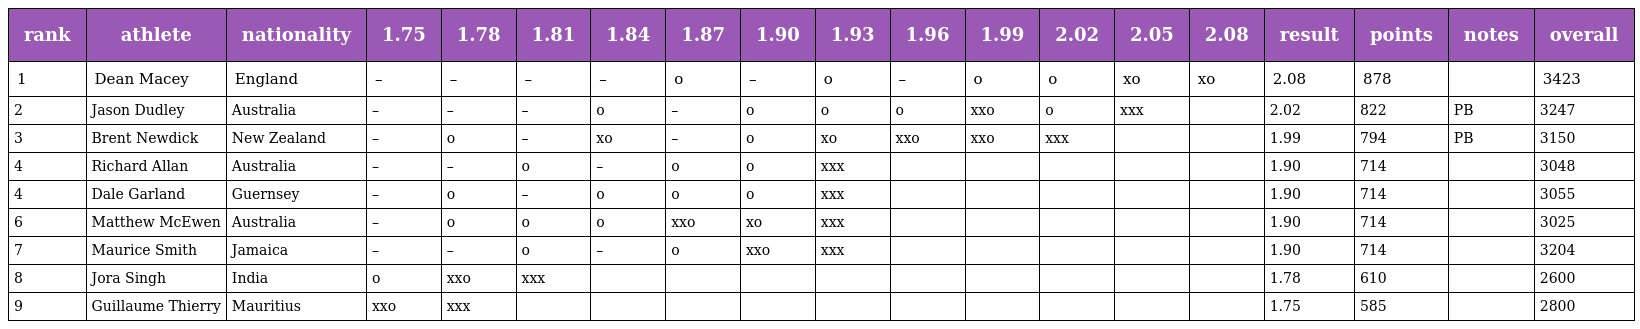
| rank | athlete | nationality | 1.75 | 1.78 | 1.81 | 1.84 | 1.87 | 1.90 | 1.93 | 1.96 | 1.99 | 2.02 | 2.05 | 2.08 | result | points | notes | overall |
 | --- | --- | --- | --- | --- | --- | --- | --- | --- | --- | --- | --- | --- | --- | --- | --- | --- | --- | --- |
 | 1 | Dean Macey | England | – | – | – | – | o | – | o | – | o | o | xo | xo | 2.08 | 878 |  | 3423 |
 | 2 | Jason Dudley | Australia | – | – | – | o | – | o | o | o | xxo | o | xxx |  | 2.02 | 822 | PB | 3247 |
 | 3 | Brent Newdick | New Zealand | – | o | – | xo | – | o | xo | xxo | xxo | xxx |  |  | 1.99 | 794 | PB | 3150 |
 | 4 | Richard Allan | Australia | – | – | o | – | o | o | xxx |  |  |  |  |  | 1.90 | 714 |  | 3048 |
 | 4 | Dale Garland | Guernsey | – | o | – | o | o | o | xxx |  |  |  |  |  | 1.90 | 714 |  | 3055 |
 | 6 | Matthew McEwen | Australia | – | o | o | o | xxo | xo | xxx |  |  |  |  |  | 1.90 | 714 |  | 3025 |
 | 7 | Maurice Smith | Jamaica | – | – | o | – | o | xxo | xxx |  |  |  |  |  | 1.90 | 714 |  | 3204 |
 | 8 | Jora Singh | India | o | xxo | xxx |  |  |  |  |  |  |  |  |  | 1.78 | 610 |  | 2600 |
 | 9 | Guillaume Thierry | Mauritius | xxo | xxx |  |  |  |  |  |  |  |  |  |  | 1.75 | 585 |  | 2800 |